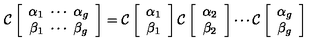
{ \cal C } \left[ \begin{array} { c } { { \alpha } _ { 1 } \ \cdots \ \alpha _ { g } } \\ { { \beta } _ { 1 } \ \cdots \ \beta _ { g } } \\ \end{array} \right] = { \cal C } \left[ \begin{array} { c } { { \alpha } _ { 1 } } \\ { { \beta } _ { 1 } } \\ \end{array} \right] { \cal C } \left[ \begin{array} { c } { { \alpha } _ { 2 } } \\ { { \beta } _ { 2 } } \\ \end{array} \right] \cdots { \cal C } \left[ \begin{array} { c } { { \alpha } _ { g } } \\ { { \beta } _ { g } } \\ \end{array} \right]